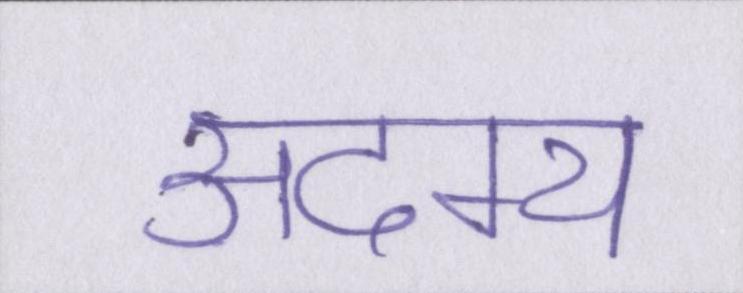
अदम्य